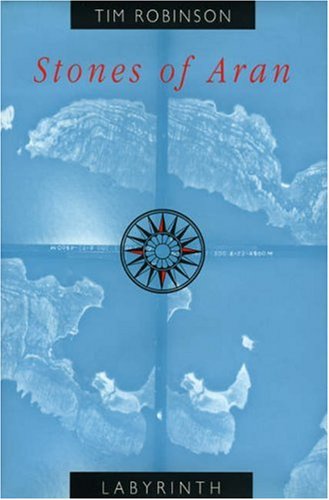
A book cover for Stones of Aran: Labyrinth; Tim Robinson; Travel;